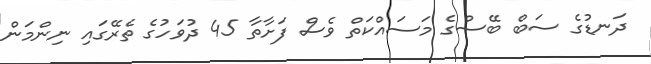
ދަނޑުގެ ސަބް ބޭސްގެ މަސައްކަތް ވެސް ފަށާތާ 45 ދުވަހުގެ ތެރޭގައި ނިންމަން